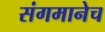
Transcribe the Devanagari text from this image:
संगमानेच